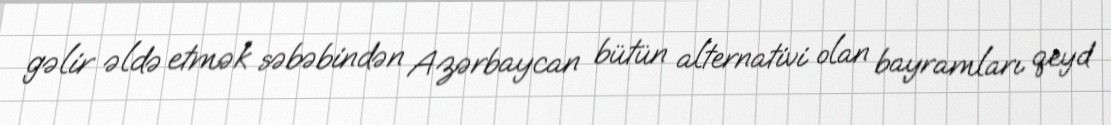
gəlir əldə etmək səbəbindən Azərbaycan bütün alternativi olan bayramları qeyd